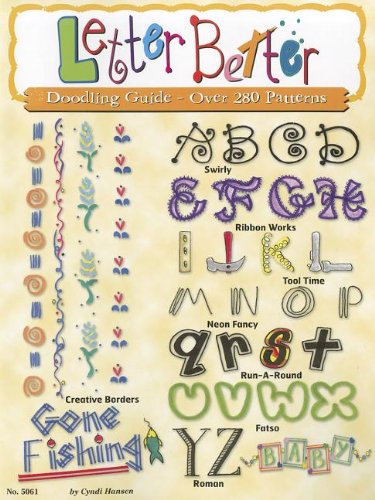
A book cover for Letter Better (DO #5061) (Design Originals); Cyndi Hansen; Crafts, Hobbies & Home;